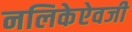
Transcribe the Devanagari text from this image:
नलिकेऐवजी